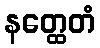
နတ္ထေတံ